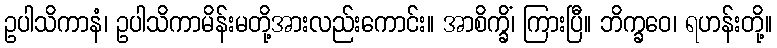
ဥပါသိကာနံ၊ ဥပါသိကာမိန်းမတို့အားလည်းကောင်း။ အာစိက္ခိံ၊ ကြားပြီ။ ဘိက္ခဝေ၊ ရဟန်းတို့။